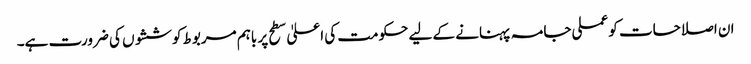
ان اصلاحات کو عملی جامہ پہنانے کے لیے حکومت کی اعلیٰ سطح پر باہم مربوط کوششوں کی ضرورت ہے۔